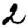
Digit: 2